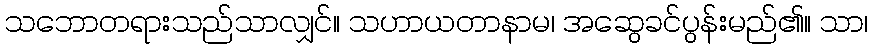
သဘောတရားသည်သာလျှင်။ သဟာယတာနာမ၊ အဆွေခင်ပွန်းမည်၏။ သာ၊